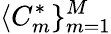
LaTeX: \langle C_{m}^{*}\} _{m=1}^{M}